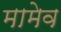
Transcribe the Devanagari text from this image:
मामेव